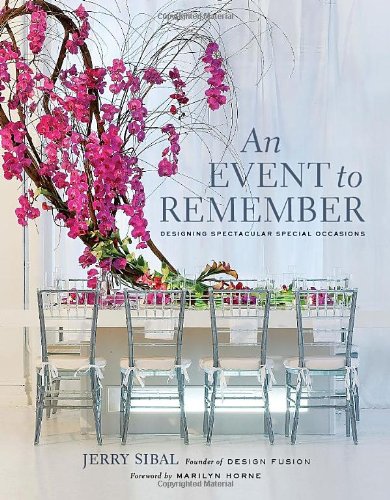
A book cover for An Event to Remember: Designing Spectacular Special Occasions; Jerry Sibal; Cookbooks, Food & Wine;